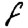
Digit: 8